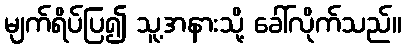
မျက်ရိပ်ပြ၍ သူ့အနားသို့ ခေါ်လိုက်သည်။